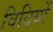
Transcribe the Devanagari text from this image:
विदियों